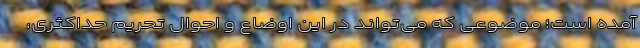
آمده است؛ موضوعی که می‌تواند در این اوضاع و احوال تحریم حداکثری،